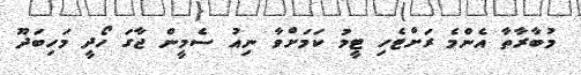
މުބާރާތާ އެންމެ ރަށްޓެހި ޓީމު ކަމަށްވާ ނިއު ސެމީން ޖާގަ ހޯދީ މަހިބަދޫ